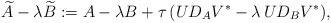
LaTeX: \begin{align*}\widetilde A-\lambda \widetilde B := A-\lambda B+\tau \, (UD_AV^*-\lambda \, UD_BV^*),\end{align*}